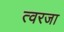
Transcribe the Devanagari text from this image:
त्वरजा